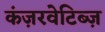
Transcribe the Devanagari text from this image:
कंज़रवेटिब्ज़